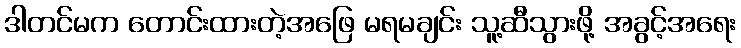
ဒါတင်မက တောင်းထားတဲ့အဖြေ မရမချင်း သူ့ဆီသွားဖို့ အခွင့်အရေး